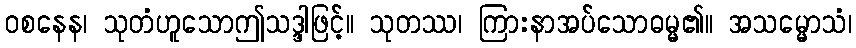
ဝစနေန၊ သုတံဟူသောဤသဒ္ဒါဖြင့်။ သုတဿ၊ ကြားနာအပ်သောဓမ္မ၏။ အသမ္မောသံ၊